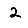
Digit: 2